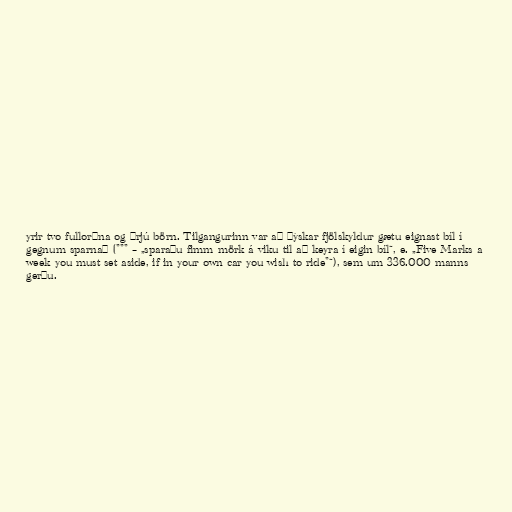
yrir tvo fullorðna og þrjú börn. Tilgangurinn var að þýskar fjölskyldur gætu eignast bíl í
gegnum sparnað (""" – „sparaðu fimm mörk á viku til að keyra í eigin bíl“, e. „Five Marks a
week you must set aside, if in your own car you wish to ride"“), sem um 336.000 manns
gerðu.